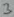
Text: 3